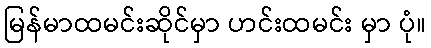
မြန်မာထမင်းဆိုင်မှာ ဟင်းထမင်း မှာ ပုံ။